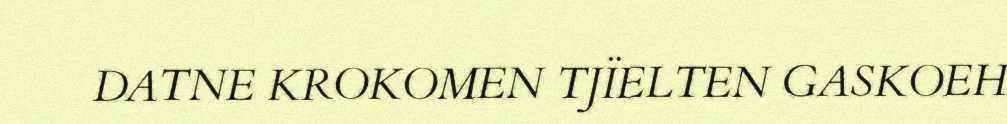
DATNE KROKOMEN TJÏELTEN GASKOEH